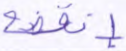
إنقضة